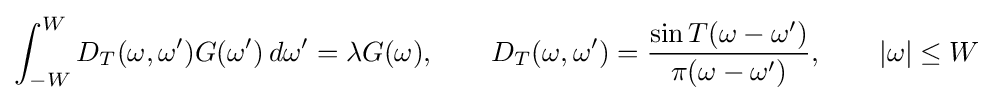
\int _{-W}^{W}D_{T}(\omega ,\omega ')G(\omega ')\,d\omega '=\lambda G(\omega ),\qquad D_{T}(\omega ,\omega ')={\frac {\sin T(\omega -\omega ')}{\pi (\omega -\omega ')}},\qquad |\omega |\leq W